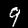
Digit: 9